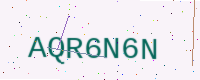
Text: AQR6N6N